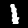
Digit: 1